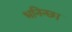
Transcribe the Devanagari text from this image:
भनिन्छ।